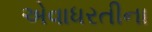
એવાધરતીના